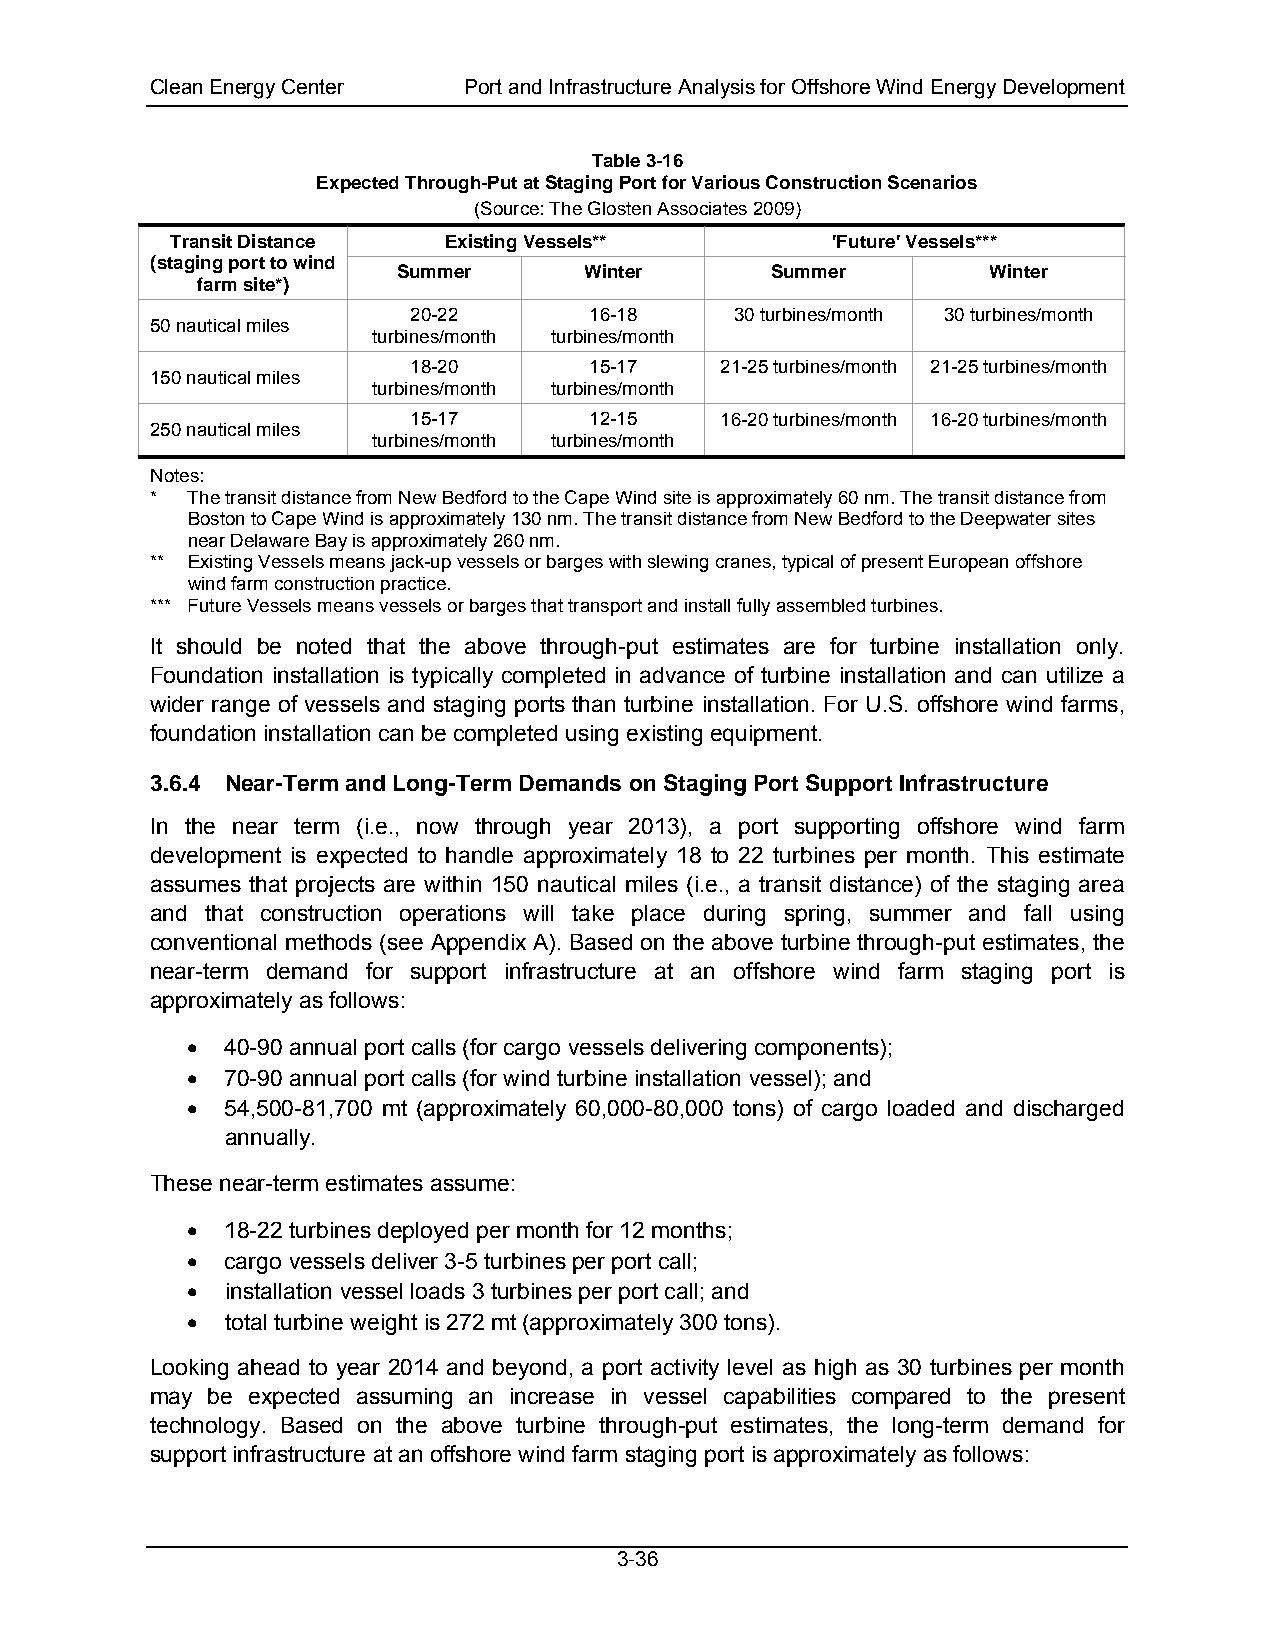
Clean Energy Center  Port and Infrastructure Analysis for Offshore Wind Energy Development
 Table 3-16
 Expected Through-Put at Staging Port for Various Construction Scenarios
 (Source: The Glosten Associates 2009)
 Transit Distance  Existing Vessels**        'Future' Vessels***
 (staging port to wind
 Summer       Winter      Summer         Winter
 farm site*)
 20-22       16-18     30 turbines/month 30 turbines/month
 50 nautical miles
 turbines/month turbines/month
 18-20       15-17    21-25 turbines/month 21-25 turbines/month
 150 nautical miles
 turbines/month turbines/month
 15-17       12-15    16-20 turbines/month 16-20 turbines/month
 250 nautical miles
 turbines/month turbines/month
 Notes:
 * The transit distance from New Bedford to the Cape Wind site is approximately 60 nm. The transit distance from
 Boston to Cape Wind is approximately 130 nm. The transit distance from New Bedford to the Deepwater sites
 near Delaware Bay is approximately 260 nm.
 ** Existing Vessels means jack-up vessels or barges with slewing cranes, typical of present European offshore
 wind farm construction practice.
 *** Future Vessels means vessels or barges that transport and install fully assembled turbines.
 It should be noted that the above through-put estimates are for turbine installation only.
 Foundation installation is typically completed in advance of turbine installation and can utilize a
 wider range of vessels and staging ports than turbine installation. For U.S. offshore wind farms,
 foundation installation can be completed using existing equipment.
 3.6.4 Near-Term and Long-Term Demands on Staging Port Support Infrastructure
 In the near term (i.e., now through year 2013), a port supporting offshore wind farm
 development is expected to handle approximately 18 to 22 turbines per month. This estimate
 assumes that projects are within 150 nautical miles (i.e., a transit distance) of the staging area
 and that construction operations will take place during spring, summer and fall using
 conventional methods (see Appendix A). Based on the above turbine through-put estimates, the
 near-term demand for support infrastructure at an offshore wind farm staging port is
 approximately as follows:
 •  40-90 annual port calls (for cargo vessels delivering components);
 •  70-90 annual port calls (for wind turbine installation vessel); and
 •  54,500-81,700 mt (approximately 60,000-80,000 tons) of cargo loaded and discharged
 annually.
 These near-term estimates assume:
 •  18-22 turbines deployed per month for 12 months;
 •  cargo vessels deliver 3-5 turbines per port call;
 •  installation vessel loads 3 turbines per port call; and
 •  total turbine weight is 272 mt (approximately 300 tons).
 Looking ahead to year 2014 and beyond, a port activity level as high as 30 turbines per month
 may be expected assuming an increase in vessel capabilities compared to the present
 technology. Based on the above turbine through-put estimates, the long-term demand for
 support infrastructure at an offshore wind farm staging port is approximately as follows:
 3-36